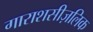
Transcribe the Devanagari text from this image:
गाराशसीज़लिक